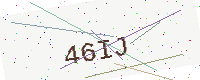
Text: 46IJ